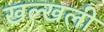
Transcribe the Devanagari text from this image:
खल्खली